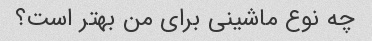
چه نوع ماشینی برای من بهتر است؟